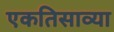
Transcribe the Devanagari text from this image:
एकतिसाव्या